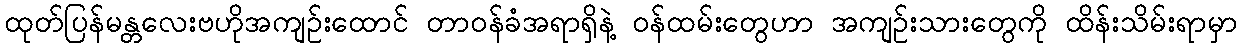
ထုတ်ပြန်မန္တလေးဗဟိုအကျဉ်းထောင် တာဝန်ခံအရာရှိနဲ့ ဝန်ထမ်းတွေဟာ အကျဉ်းသားတွေကို ထိန်းသိမ်းရာမှာ